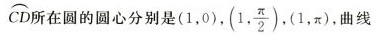
\stackrel\frown{CD}所在圆的圆心分别是(1，0) ,(1, \frac{\pi}{2}),(1, \pi) ，曲线